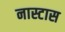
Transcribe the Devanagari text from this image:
नास्टास